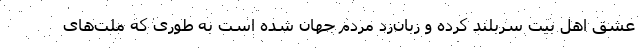
عشق اهل بیت سربلند کرده و زبان‌زد مردم جهان شده است به طوری که ملت‌های